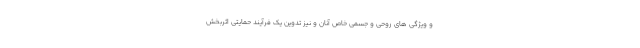
و ویژگی های روحی و جسمی خاص آنان و نیز تدوین یک فرآیند حمایتی اثربخش